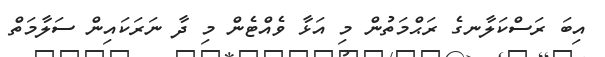
އިބަ ރަސްކަލާނގެ ރަޙްމަތުން މި އަޅާ ވެއްޓެން މި ދާ ނަރަކައިން ސަލާމަތް